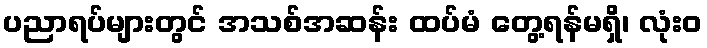
ပညာရပ်များတွင် အသစ်အဆန်း ထပ်မံ တွေ့ရန်မရှိ၊ လုံးဝ